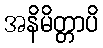
အနိမိတ္တာပိ